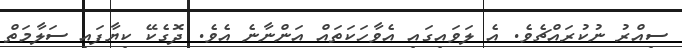
ސިއްރު ނުކުރައްޗެވެ. އެ ލަވައިގައި އެވާހަކަތައް އަންނާނެ އެވެ. ދޮގެކޭ ކިޔާފައި ސަލާމަތް